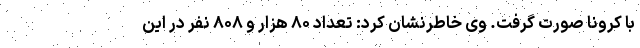
با کرونا صورت گرفت. وی خاطرنشان کرد: تعداد ۸۰ هزار و ۸۰۸ نفر در این